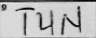
Transcription: TUN